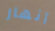
أنهار